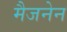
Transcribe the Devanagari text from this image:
मैजनेन